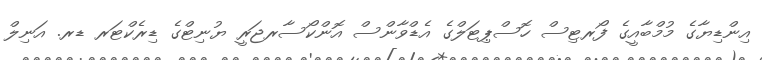
އިންޑިޔާގެ މުމްބާއީގެ ފޯރޓިސް ހޮސްޕިޓަލްގެ އެޑްވާންސް އޮންކޯސާރޖަރީ ޔުނިޓްގެ ޑިރެކްޓަރ ޑރ. އަނިލް